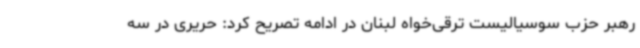
رهبر حزب سوسیالیست ترقی‌خواه لبنان در ادامه تصریح کرد: حریری در سه